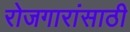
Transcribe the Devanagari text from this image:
रोजगारांसाठी